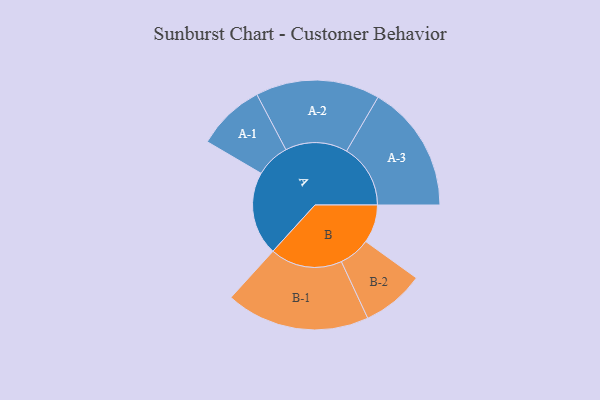
{"axis": {"x": "Segment", "y": "Value"}, "legend": ["", "A", "B"], "data": [{"x": "A", "y": 339, "type": ""}, {"x": "B", "y": 155, "type": ""}, {"x": "A-1", "y": 138, "type": "A"}, {"x": "A-2", "y": 252, "type": "A"}, {"x": "A-3", "y": 259, "type": "A"}, {"x": "B-1", "y": 292, "type": "B"}, {"x": "B-2", "y": 127, "type": "B"}]}